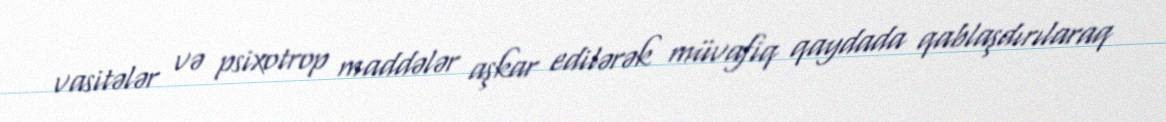
vasitələr və psixotrop maddələr aşkar edilərək müvafiq qaydada qablaşdırılaraq